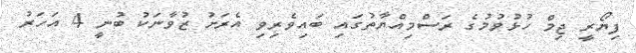
ފިޔޯރީ ޖިމް ހުޅުވުމުގެ ރަސްމިއްޔާތުގައި ބައިވެރިވި އެރަށު ޒުވާނަކު ބުނީ 4 އަހަރު